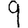
Digit: 9